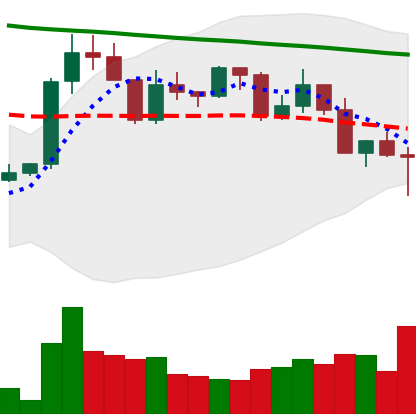
Ticker: XRP-USD
Chart end date: 2022-02-24
Forward return: 12.724%
Label: up_7plus